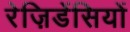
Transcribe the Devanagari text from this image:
रेज़िडेंसियों